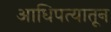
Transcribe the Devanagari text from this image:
आधिपत्यातून